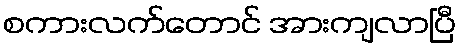
စကားလက်တောင် အားကျလာပြီ